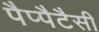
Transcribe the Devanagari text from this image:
पैप्पैटैसी